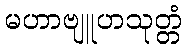
မဟာဗျူဟသုတ္တံ